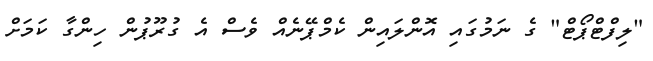
"ލިފްޓްޕޯޓް" ގެ ނަމުގައި އޮންލައިން ކެމްޕޭނެއް ވެސް އެ ގުރޫޕުން ހިންގާ ކަމަށް